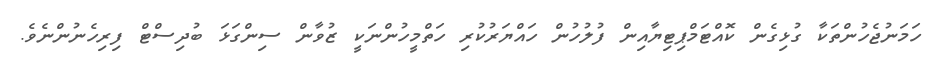
ހަމަނުޖެހުންތަކާ ގުޅިގެން ކޮއްޓަމްޕިޓިޔާއިން ފުލުހުން ހައްޔަރުކުރި ހަތްމީހުންނަކީ ޒުވާން ސިންގަޅަ ބުދިސްޓް ފިރިހެނުންނެވެ.